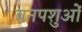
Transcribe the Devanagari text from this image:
वनपशुओं